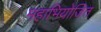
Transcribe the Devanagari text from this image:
महाभियोजित